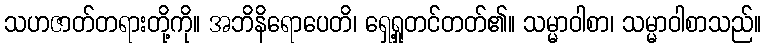
သဟဇာတ်တရားတို့ကို။ အဘိနိရောပေတိ၊ ရှေ့ရှုတင်တတ်၏။ သမ္မာဝါစာ၊ သမ္မာဝါစာသည်။